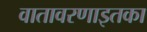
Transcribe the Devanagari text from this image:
वातावरणाइतका